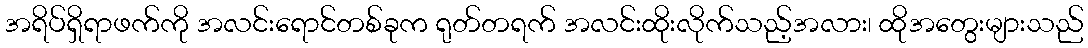
အရိပ်ရှိရာဖက်ကို အလင်းရောင်တစ်ခုက ရုတ်တရက် အလင်းထိုးလိုက်သည့်အလား၊ ထိုအတွေးများသည်